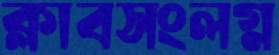
ক্লাবসংলগ্ন